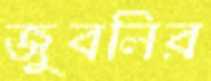
জুবলির